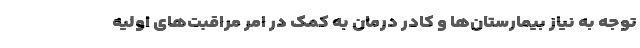
توجه به نیاز بیمارستان‌ها و کادر درمان به کمک در امر مراقبت‌های اولیه